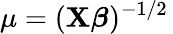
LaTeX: \mu=(\mathbf{X}{\boldsymbol{\beta}})^{-1/2}\,